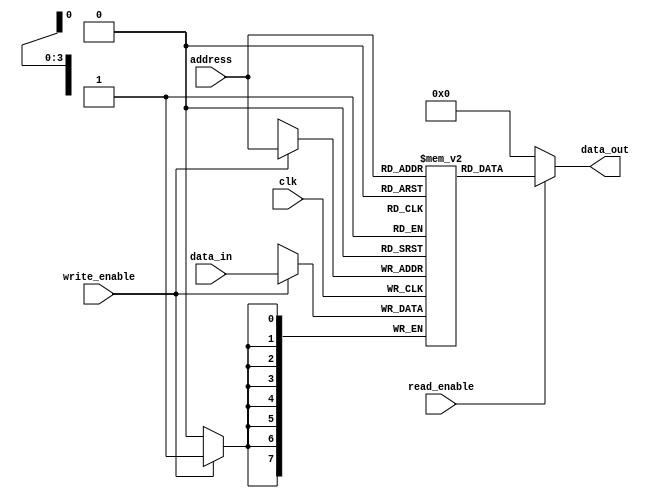
module parameterized_ram #(
    parameter DATA_WIDTH = 8,   // Number of bits per memory location
    parameter ADDR_WIDTH = 4     // Number of address lines
) (
    input wire clk,              // Clock signal
    input wire write_enable,     // Write enable signal
    input wire [ADDR_WIDTH-1:0] address, // Address input
    input wire [DATA_WIDTH-1:0] data_in,  // Data input
    input wire read_enable,      // Read enable signal
    output reg [DATA_WIDTH-1:0] data_out   // Data output
);

    // Memory array declaration
    reg [DATA_WIDTH-1:0] memory [(2**ADDR_WIDTH)-1:0];

    // Synchronous write and asynchronous read
    always @(posedge clk) begin
        if (write_enable) begin
            memory[address] <= data_in; // Write data to memory
        end
    end

    // Read operation
    always @(*) begin
        if (read_enable) begin
            data_out = memory[address]; // Read data from memory
        end else begin
            data_out = {DATA_WIDTH{1'b0}}; // Default output (can be modified as needed)
        end
    end

endmodule